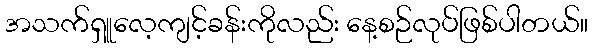
အသက်ရှူလေ့ကျင့်ခန်းကိုလည်း နေ့စဉ်လုပ်ဖြစ်ပါတယ်။